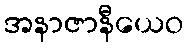
အနာဇာနီယေဝ